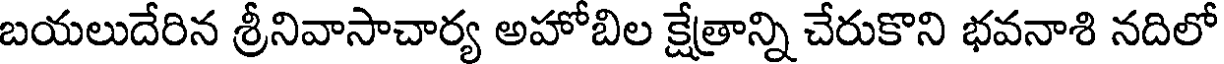
బయలుదేరిన శ్రీనివాసాచార్య అహోబిల క్షేత్రాన్ని చేరుకొని భవనాశి నదిలో